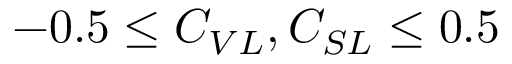
- 0 . 5 \leq C _ { V L } , C _ { S L } \leq 0 . 5